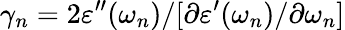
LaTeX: \gamma_{n}=2\varepsilon^{\prime\prime}(\omega_{n})/[\partial\varepsilon^{\prime}(\omega_{n})/\partial\omega_{n}]